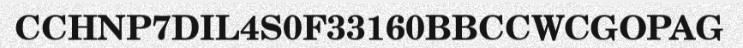
CCHNP7DIL4S0F33160BBCCWCGOPAG